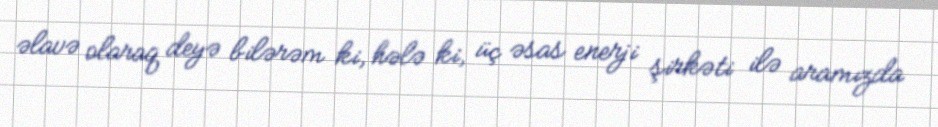
əlavə olaraq deyə bilərəm ki, hələ ki, üç əsas enerji şirkəti ilə aramızda